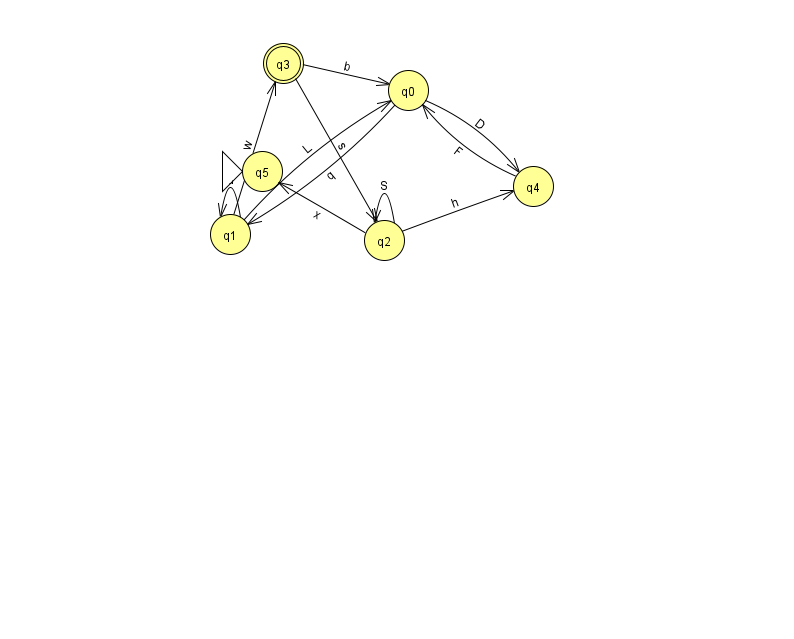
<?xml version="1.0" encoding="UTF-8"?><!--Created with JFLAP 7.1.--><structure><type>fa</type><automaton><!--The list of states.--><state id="0" name="q0"><x>408.0</x><y>77.0</y></state><state id="1" name="q1"><x>230.0</x><y>221.0</y></state><state id="2" name="q2"><x>384.0</x><y>227.0</y></state><state id="3" name="q3"><x>283.0</x><y>50.0</y><final/></state><state id="4" name="q4"><x>533.0</x><y>173.0</y></state><state id="5" name="q5"><x>262.0</x><y>158.0</y><initial/></state><!--The list of transitions.--><transition><from>4</from><to>0</to><read>F</read></transition><transition><from>0</from><to>4</to><read>D</read></transition><transition><from>2</from><to>4</to><read>h</read></transition><transition><from>2</from><to>2</to><read>S</read></transition><transition><from>1</from><to>0</to><read>L</read></transition><transition><from>1</from><to>1</to><read>u</read></transition><transition><from>3</from><to>0</to><read>b</read></transition><transition><from>2</from><to>5</to><read>x</read></transition><transition><from>0</from><to>1</to><read>q</read></transition><transition><from>3</from><to>2</to><read>s</read></transition><transition><from>1</from><to>3</to><read>w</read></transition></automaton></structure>